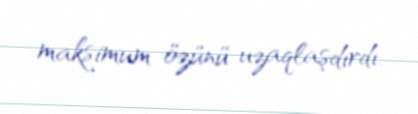
maksimum özünü uzaqlaşdırdı.